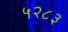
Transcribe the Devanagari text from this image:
५२८३